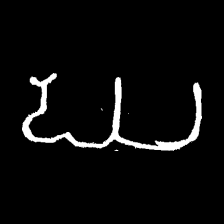
Pyu character \u2014 Myanmar letter: ဃ (romanized: gha)